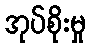
အုပ်စိုးမှု